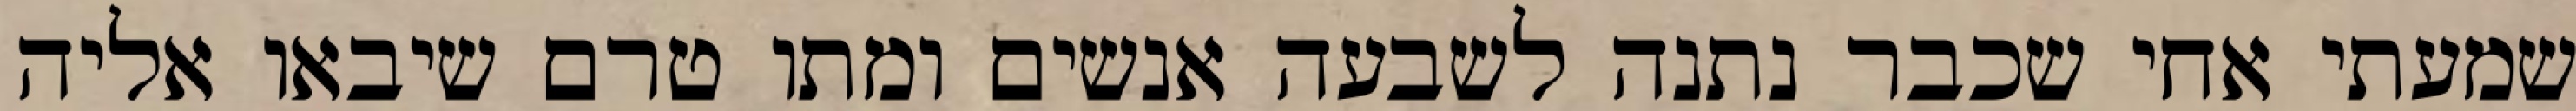
שמעתי אחי שכבר נתנה לשבעה אנשים ומתו טרם שיבאו אליה